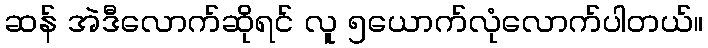
ဆန် အဲဒီလောက်ဆိုရင် လူ ၅ယောက်လုံလောက်ပါတယ်။